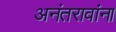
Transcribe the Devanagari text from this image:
अनंतरावांना